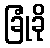
ခြုံခို